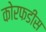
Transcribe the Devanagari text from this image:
कोरफडीस